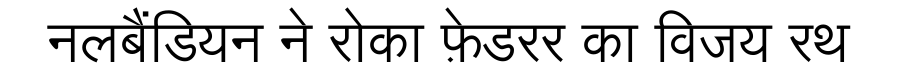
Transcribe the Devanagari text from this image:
नलबैंडियन ने रोका फ़ेडरर का विजय रथ